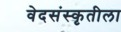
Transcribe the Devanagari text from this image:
वेदसंस्कृतीला